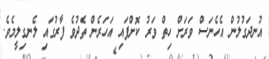
އުނދަގުލުން އެހެނަސް ވަރަށް ހިތް ވަރު ކޮށްފައި އަހަރެން ތެދުވެ ފާރުގައި ލެނގިލީމެވެ.